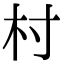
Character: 村